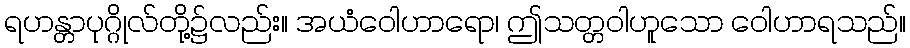
ရဟန္တာပုဂ္ဂိုလ်တို့၌လည်း။ အယံဝေါဟာရော၊ ဤသတ္တဝါဟူသော ဝေါဟာရသည်။